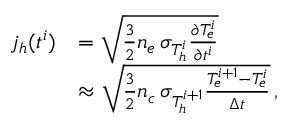
\begin{array} { r l } { j _ { h } ( t ^ { i } ) } & { = \sqrt { \frac { 3 } { 2 } n _ { e } \, \sigma _ { T _ { h } ^ { i } } \frac { \partial T _ { e } ^ { i } } { \partial t ^ { i } } } } \\ & { \approx \sqrt { \frac { 3 } { 2 } n _ { c } \, \sigma _ { T _ { h } ^ { i + 1 } } \frac { T _ { e } ^ { i + 1 } - T _ { e } ^ { i } } { \Delta t } } \, , } \end{array}